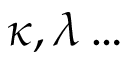
\kappa , \lambda \ldots